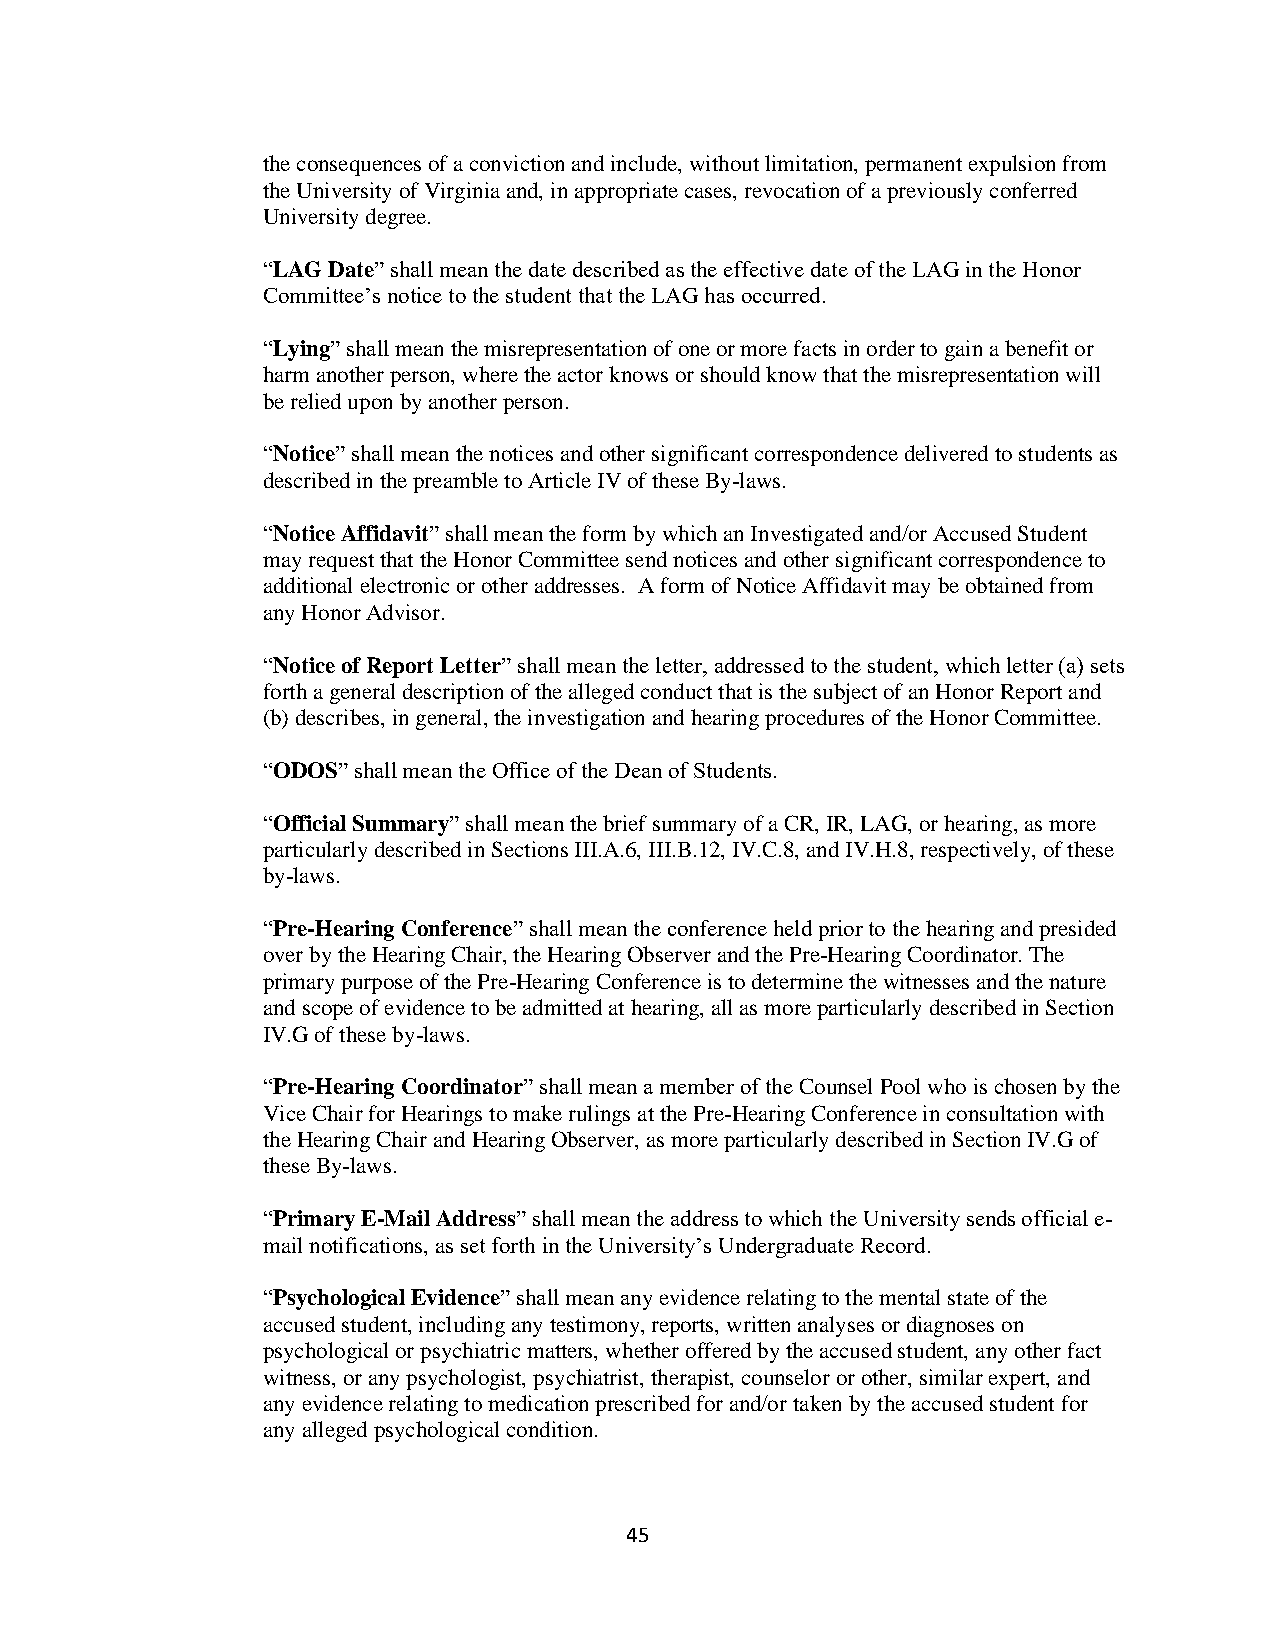
the consequences of a conviction and include, without limitation, permanent expulsion from
 the University of Virginia and, in appropriate cases, revocation of a previously conferred
 University degree.
 “LAG Date” shall mean the date described as the effective date of the LAG in the Honor
 Committee’s notice to the student that the LAG has occurred.
 “Lying” shall mean the misrepresentation of one or more facts in order to gain a benefit or
 harm another person, where the actor knows or should know that the misrepresentation will
 be relied upon by another person.
 “Notice” shall mean the notices and other significant correspondence delivered to students as
 described in the preamble to Article IV of these By-laws.
 “Notice Affidavit” shall mean the form by which an Investigated and/or Accused Student
 may request that the Honor Committee send notices and other significant correspondence to
 additional electronic or other addresses. A form of Notice Affidavit may be obtained from
 any Honor Advisor.
 “Notice of Report Letter” shall mean the letter, addressed to the student, which letter (a) sets
 forth a general description of the alleged conduct that is the subject of an Honor Report and
 (b) describes, in general, the investigation and hearing procedures of the Honor Committee.
 “ODOS” shall mean the Office of the Dean of Students.
 “Official Summary” shall mean the brief summary of a CR, IR, LAG, or hearing, as more
 particularly described in Sections III.A.6, III.B.12, IV.C.8, and IV.H.8, respectively, of these
 by-laws.
 “Pre-Hearing Conference” shall mean the conference held prior to the hearing and presided
 over by the Hearing Chair, the Hearing Observer and the Pre-Hearing Coordinator. The
 primary purpose of the Pre-Hearing Conference is to determine the witnesses and the nature
 and scope of evidence to be admitted at hearing, all as more particularly described in Section
 IV.G of these by-laws.
 “Pre-Hearing Coordinator” shall mean a member of the Counsel Pool who is chosen by the
 Vice Chair for Hearings to make rulings at the Pre-Hearing Conference in consultation with
 the Hearing Chair and Hearing Observer, as more particularly described in Section IV.G of
 these By-laws.
 “Primary E-Mail Address” shall mean the address to which the University sends official e-
 mail notifications, as set forth in the University’s Undergraduate Record.
 “Psychological Evidence” shall mean any evidence relating to the mental state of the
 accused student, including any testimony, reports, written analyses or diagnoses on
 psychological or psychiatric matters, whether offered by the accused student, any other fact
 witness, or any psychologist, psychiatrist, therapist, counselor or other, similar expert, and
 any evidence relating to medication prescribed for and/or taken by the accused student for
 any alleged psychological condition.
 45